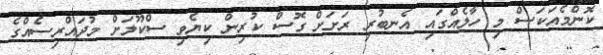
ކޮންމެއަކަސް މި ހާލެއްގައި އެނބުރި ރަށަށް ގޮސް ކުރިން ކިޔެވި ސްކޫލަށް މުދައްރިސެއްގެ